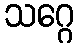
သဂ္ဂေ